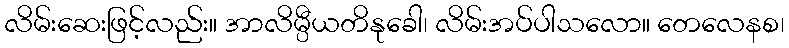
လိမ်းဆေးဖြင့်လည်း။ အာလိမ္ပီယတိနုခေါ၊ လိမ်းအပ်ပါသလော။ တေလေနစ၊